65_HS1-834228961_62-HQ-83894_Section_6
Agency: FBI
Page 218
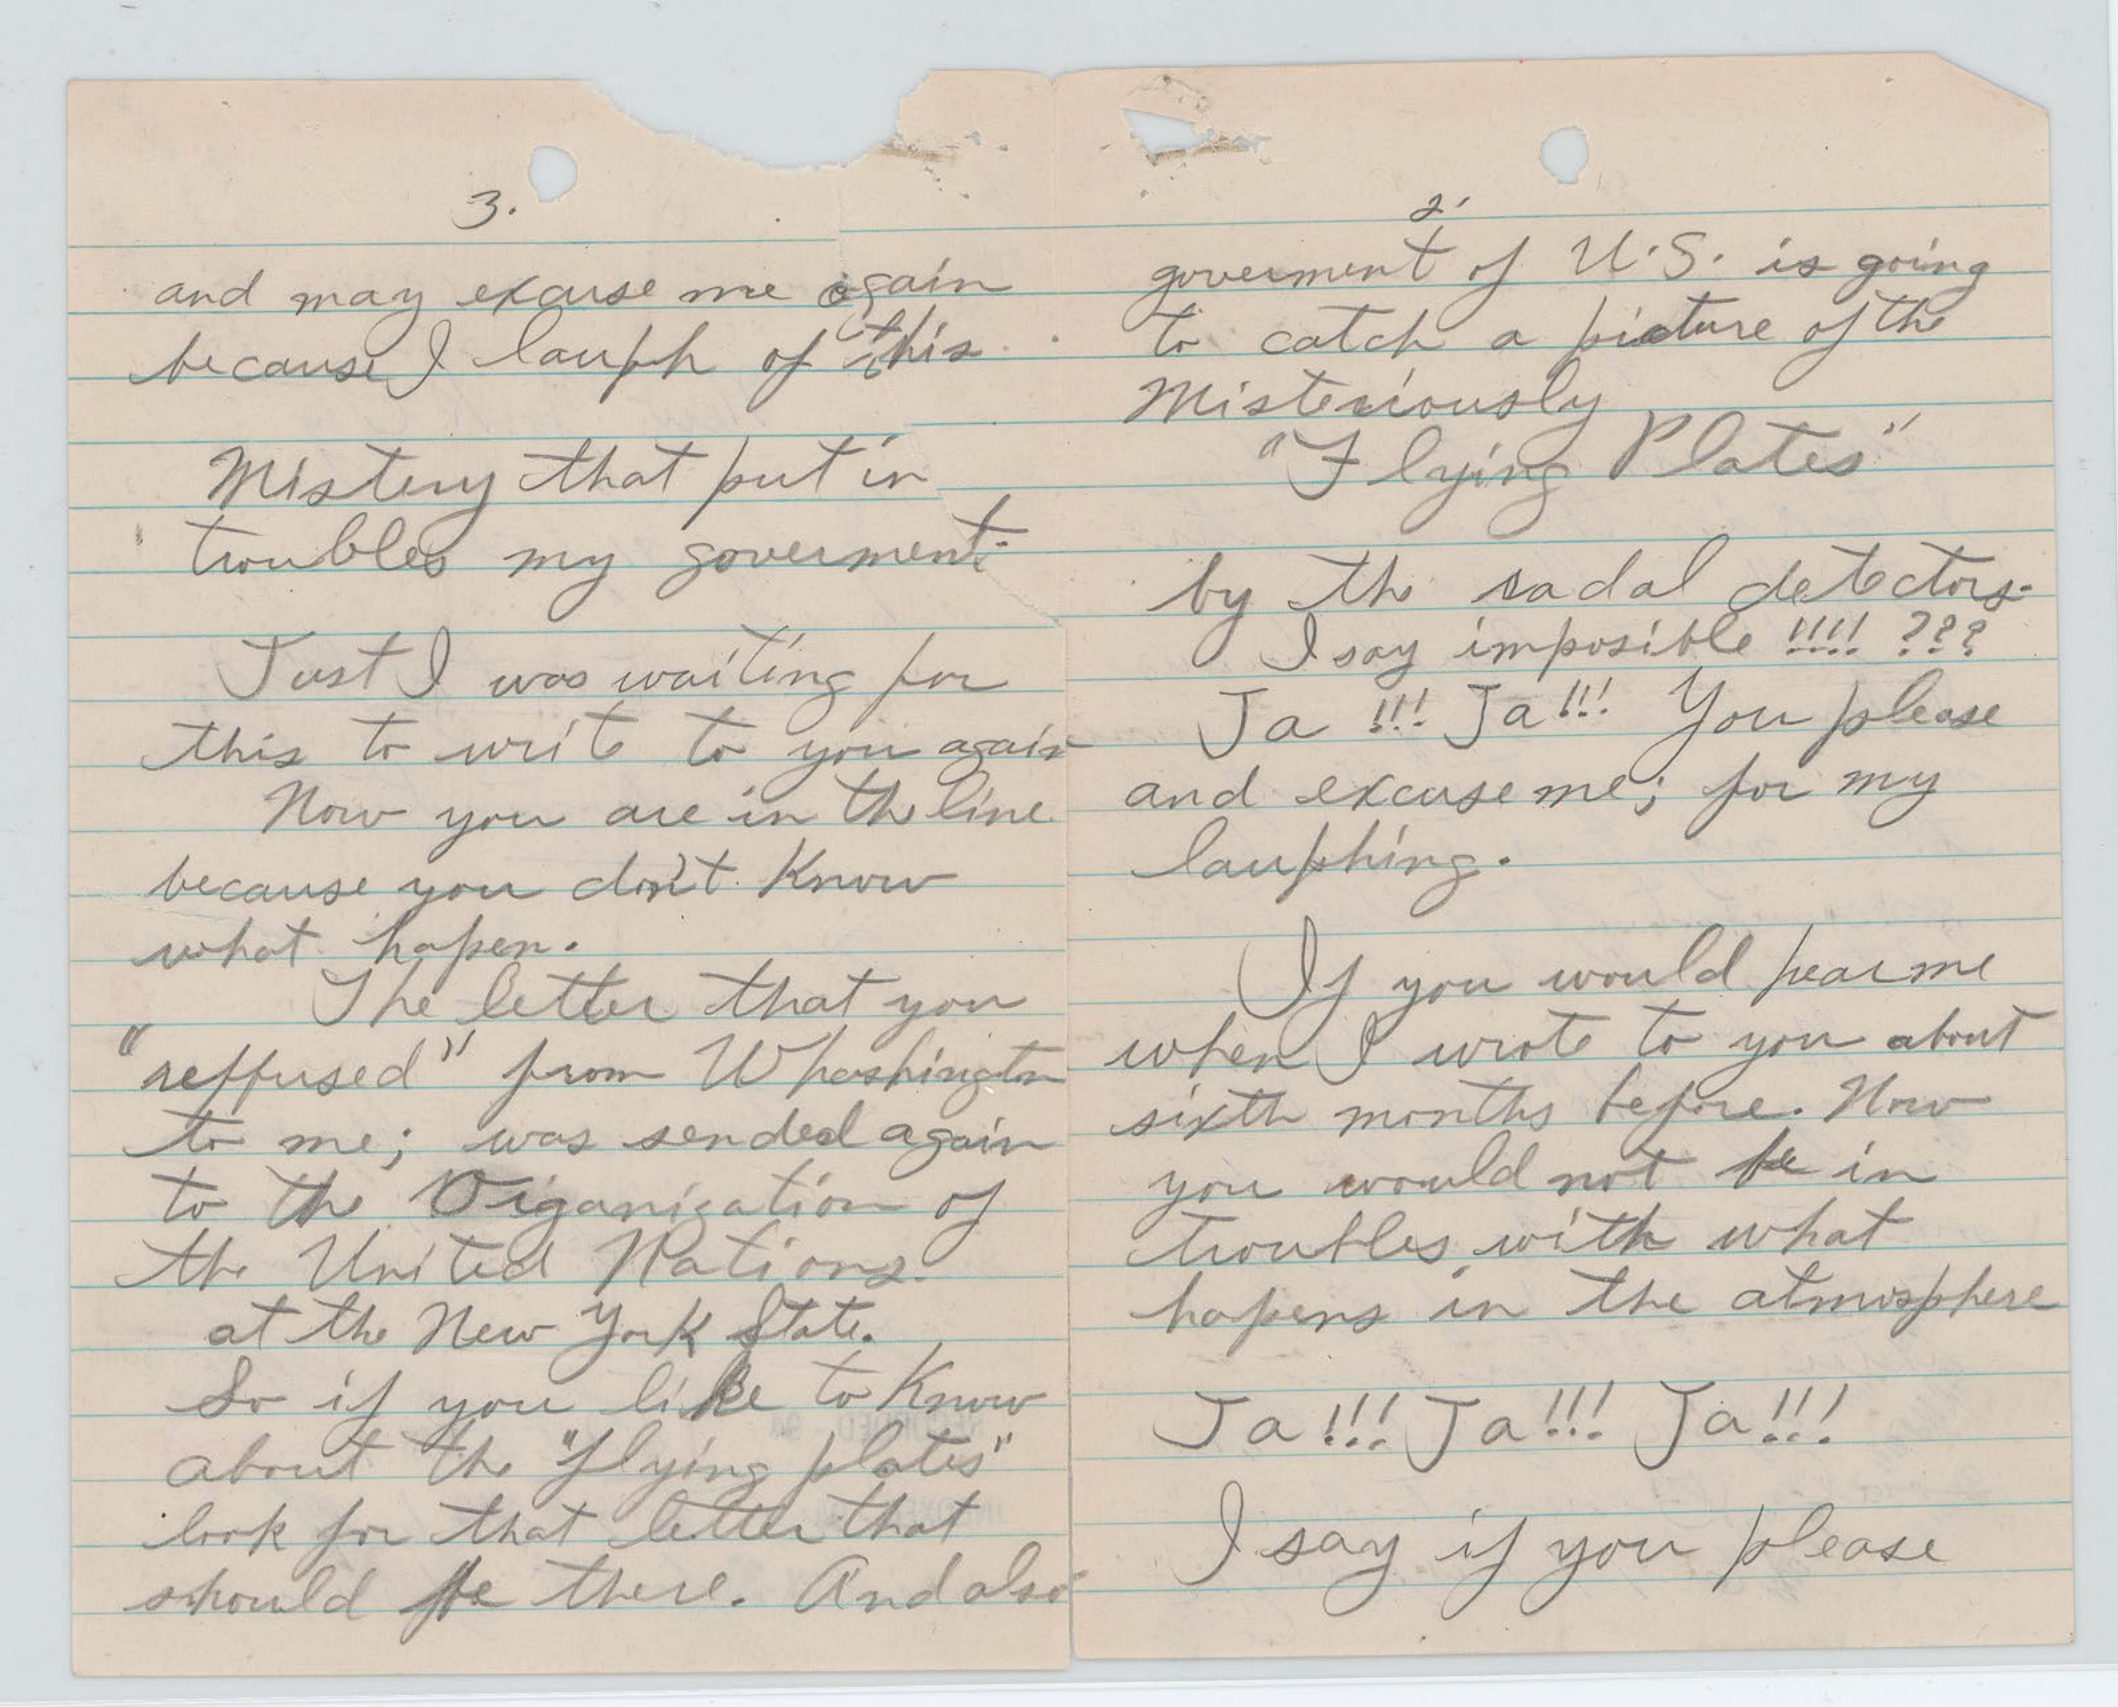